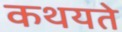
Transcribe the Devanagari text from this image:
कथयते